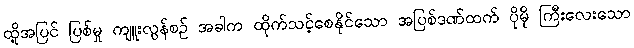
ထို့အပြင် ပြစ်မှု ကျူးလွန်စဉ် အခါက ထိုက်သင့်စေနိုင်သော အပြစ်ဒဏ်ထက် ပိုမို ကြီးလေးသော